Civil Veterinary Dept. Bombay admin report 1923-31 - 1923-1931
Year: 1923
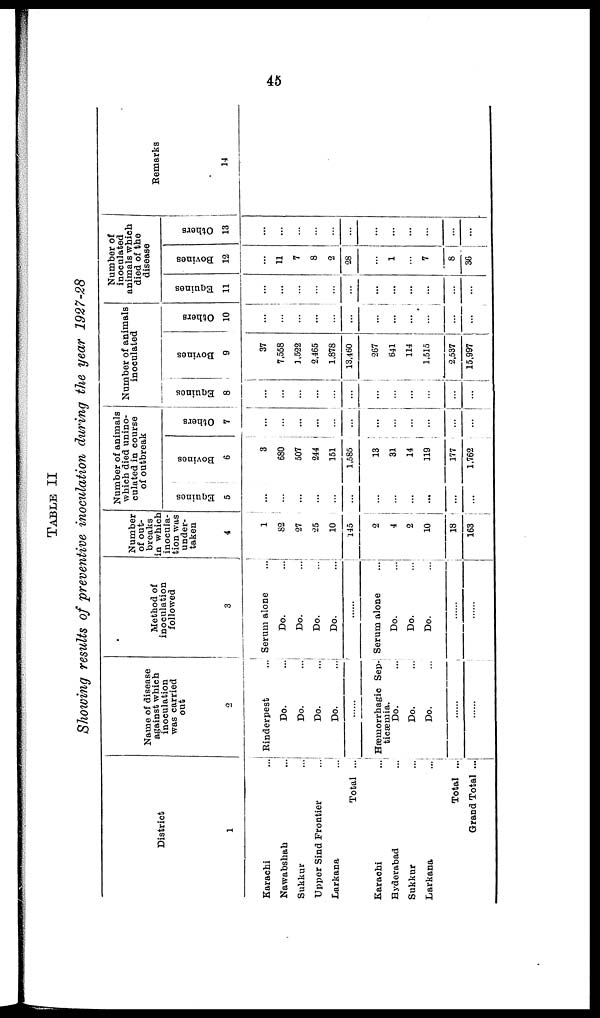
45
TABLE II
Showing results of preventive inoculation during the year 1927-28
District
1
Karachi
... ...
Nawabshah ... ...
Sukkur
... ...
Upper Sind Frontier
...
Larkana ... ...
Total ... ...
Karachi ... ...
Hyderabad ...
Sukkur ...
Larkana
...
Total ...
Grand Total ...
Name of disease
against which
inoculation
was carried
out
2
Rinderpest
Do. ...
Do.
...
Do. ...
Do.
...
Hæmorrhagic Sep-
ticæmia.
Do. ...
Do. ...
Do. ...
......
......
Method of
inoculation
followed
3
Serum alone
Do.
...
Do.
...
Do
...
Do.
...
Serum alone
...
Do.
...
Do.
...
Do. ...
......
......
Number
of out-
breaks
in which
inocula-
tion was
under-
taken
4
1
82
27
25
10
145
2
4
2
10
18
163
Number of animals
which died unino-
culated in course
of outbreak
Equines
5
...
...
...
...
...
...
...
...
...
...
...
...
Bovines
6
3
680
507
244
151
1,585
13
31
14
119
177
1,762
Others
7
...
...
...
...
...
...
...
...
...
...
...
...
Number of animals
inoculated
Equines
8
...
...
...
...
...
...
...
...
...
...
...
...
Bovines
9
37
7,558
1,522
2,465
1,878
13,460
267
641
114
1,515
2,537
15,997
Others
10
...
...
...
...
...
...
...
...
...
...
...
...
Number of
inoculated
animals which
died of the
disease
Equines
11
...
...
...
...
...
...
...
...
...
...
...
...
Bovines
12
...
11
7
8
2
28
...
1
...
7
8
36
Others
13
...
...
...
...
...
...
...
...
...
...
...
...
Remarks
14